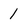
Character: 1